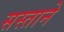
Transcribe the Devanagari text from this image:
सस्ताने